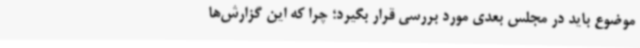
موضوع باید در مجلس بعدی مورد بررسی قرار بگیرد؛ چرا که این گزارش‌ها